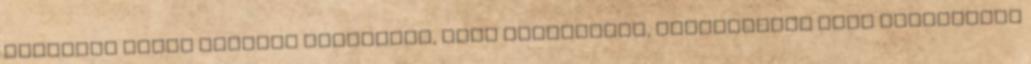
rengeteg olyan dologba botlottam, amit érdekesnek, izgalmasnak vagy egyszerűen